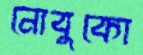
নোবুকো